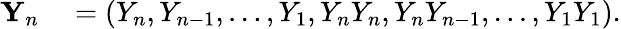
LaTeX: \begin{array}{rl}{{\mathbf Y}_{n}}&{{}=\left(Y_{n},Y_{n-1},\ldots,Y_{1},Y_{n}Y_{n},Y_{n}Y_{n-1},\ldots,Y_{1}Y_{1}\right).}\end{array}